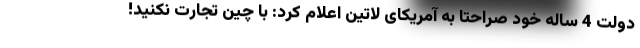
دولت 4 ساله خود صراحتا به آمریکای لاتین اعلام کرد: با چین تجارت نکنید!